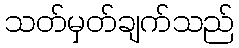
သတ်မှတ်ချက်သည်